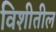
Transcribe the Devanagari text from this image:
विशीतील